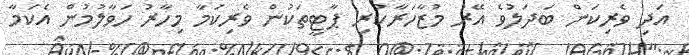
އަދި ވެރިކަން ބަދަލުވެ އޭރު މުޒާހަރާކުރި ޕާޓީތަކުން ވެރިކަމާ މިހާރު ހަވާލުމުން އެކަމާ